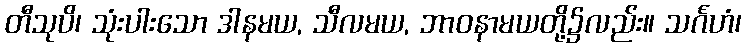
တီသုပိ၊ သုံးပါးသော ဒါနမယ, သီလမယ, ဘာဝနာမယတို့၌လည်း။ သင်္ဂဟံ၊